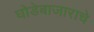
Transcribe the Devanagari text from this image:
घोडेबाजाराचे